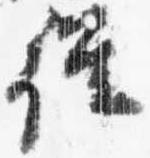
従